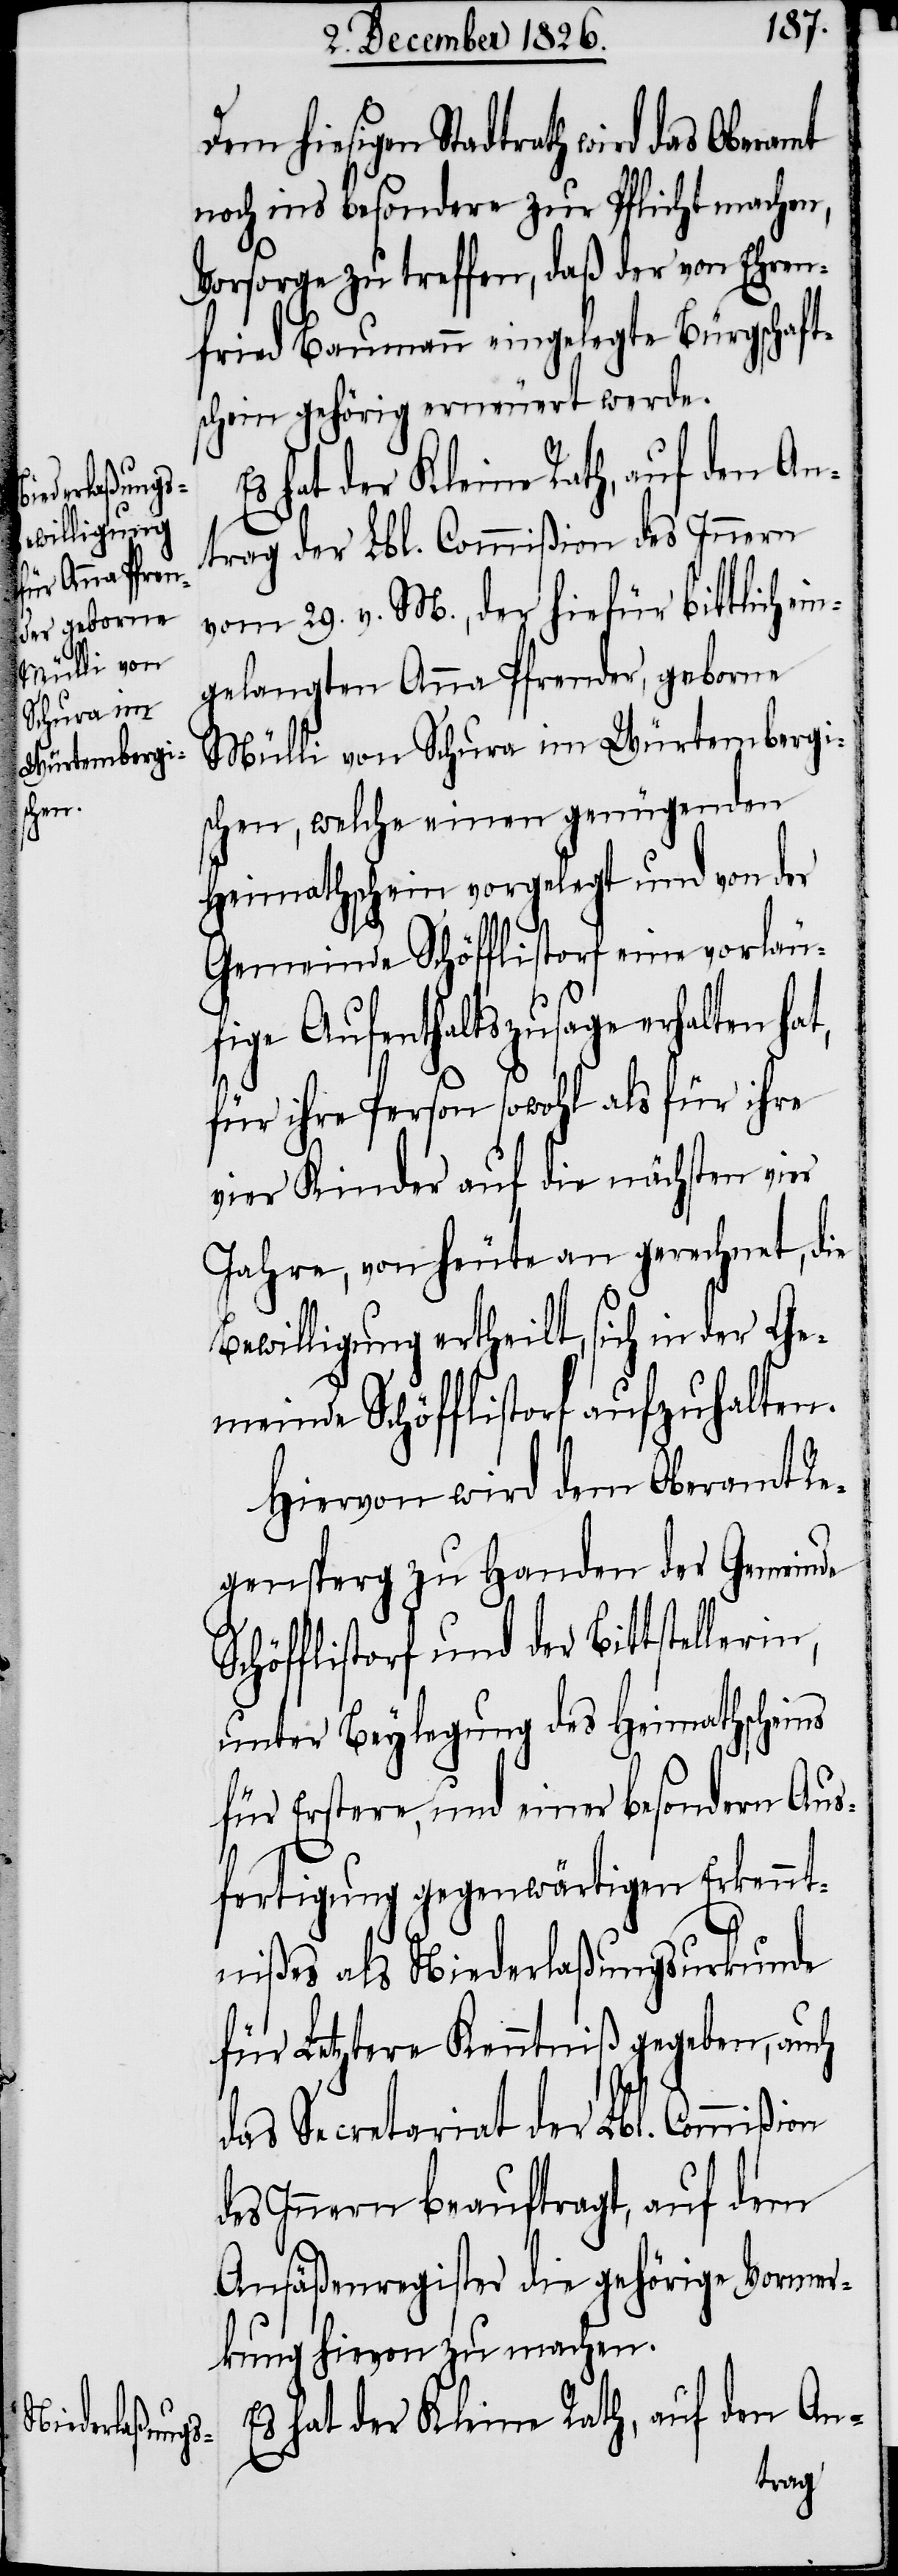
Dem hiesigen Stadtrath wird das Oberamt
noch ins besondere zur Pflicht machen,
Vorsorge zu treffen, daß der von Ehren¬
fried Baumann eingelegte Bürgschaft¬
schein gehörig erneuert werde.
trag der Lbl. Commißion des Innern
vom 29. v. M., der hiefür bittlich ei¬
ngelangten Anna Pfrender, geborne
Mülli von Schura im Würtembergi¬
schen, welche einen genügenden
Heimathschein vorgelegt und von der
Gemeinde Schöfflistorf eine vorläu¬
fige Aufenthaltszusage erhalten hat,
für ihre Person sowohl als für ihre
vier Kinder auf die nächsten vier
Jahre, von heute an gerechnet, die
Bewilligung ertheilt, sich in der Ge¬
meinde Schöfflistorf aufzuhalten.
Hiervon wird dem Oberamt Re¬
gensperg zu Handen der Gemeinde
Schöfflistorf und der Bittstellerin
unter Beylegung des Heimathscheins
für Erstere, und einer besondern Aus¬
fertigung gegenwärtigen Erkennt¬
nißes als Niederlaßungsurkunde
für Letztere Kenntniß gegeben, auch
das Secretariat der Lbl. Commißion
des Innern beauftragt, auf dem
Ansäßenregister die gehörige Vormer¬
kung hievon zu machen.
Es hat der Kleine Rath, auf den An-